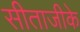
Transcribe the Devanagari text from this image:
सीताजीके